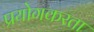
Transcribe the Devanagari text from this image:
प्रयोगकरता